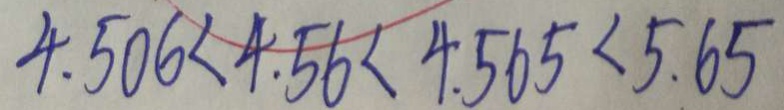
4 . 5 0 6 < 4 . 5 6 < 4 . 5 6 5 < 5 . 6 5